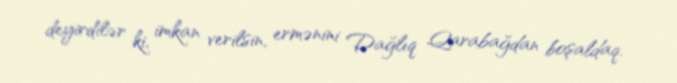
deyirdilər ki, imkan verilsin, ermənini Dağlıq Qarabağdan boşaldaq.